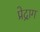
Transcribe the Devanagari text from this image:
प्रेद्राग